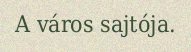
A város sajtója.